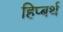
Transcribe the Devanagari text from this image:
हिप्बर्थ